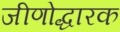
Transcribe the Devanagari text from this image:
जीणोद्धारक